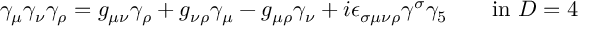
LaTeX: \gamma _ { \mu } \gamma _ { \nu } \gamma _ { \rho } = g _ { \mu \nu } \gamma _ { \rho } + g _ { \nu \rho } \gamma _ { \mu } - g _ { \mu \rho } \gamma _ { \nu } + i \epsilon _ { \sigma \mu \nu \rho } \gamma ^ { \sigma } \gamma _ { 5 } \qquad \mathrm { i n ~ } D = 4